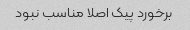
برخورد پیک اصلا مناسب نبود